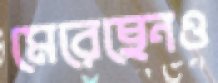
মেরেছেনও